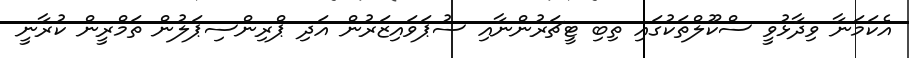
އެކަމަނާ ވިދާޅުވީ ސްކޫލްތަކުގައި ތިބި ޓީޗަރުންނާއި ސުޕަވައިޒަރުން އަދި ޕްރިންސިޕަލުން ތަމްރީން ކުރާނީ